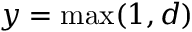
y = \operatorname* { m a x } ( 1 , d )